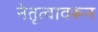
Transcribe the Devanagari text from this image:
नेतृत्वावरून